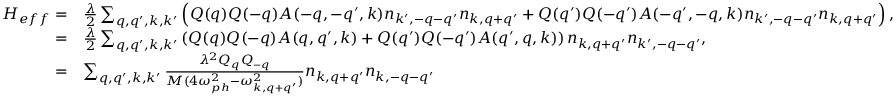
\begin{array} { r l } { H _ { e f f } = } & { \frac { \lambda } { 2 } \sum _ { q , q ^ { \prime } , k , k ^ { \prime } } \left( Q ( q ) Q ( - q ) A ( - q , - q ^ { \prime } , k ) n _ { k ^ { \prime } , - q - q ^ { \prime } } n _ { k , q + q ^ { \prime } } + Q ( q ^ { \prime } ) Q ( - q ^ { \prime } ) A ( - q ^ { \prime } , - q , k ) n _ { k ^ { \prime } , - q - q ^ { \prime } } n _ { k , q + q ^ { \prime } } \right) , } \\ { = } & { \frac { \lambda } { 2 } \sum _ { q , q ^ { \prime } , k , k ^ { \prime } } \left( Q ( q ) Q ( - q ) A ( q , q ^ { \prime } , k ) + Q ( q ^ { \prime } ) Q ( - q ^ { \prime } ) A ( q ^ { \prime } , q , k ) \right) n _ { k , q + q ^ { \prime } } n _ { k ^ { \prime } , - q - q ^ { \prime } } , } \\ { = } & { \sum _ { q , q ^ { \prime } , k , k ^ { \prime } } \frac { \lambda ^ { 2 } Q _ { q } Q _ { - q } } { M ( 4 \omega _ { p h } ^ { 2 } - \omega _ { k , q + q ^ { \prime } } ^ { 2 } ) } n _ { k , q + q ^ { \prime } } n _ { k , - q - q ^ { \prime } } } \end{array}